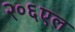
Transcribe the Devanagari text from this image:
२०६एल